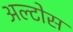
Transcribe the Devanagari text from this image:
अल्टोस